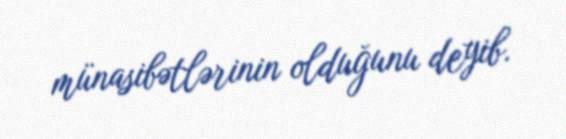
münasibətlərinin olduğunu deyib.